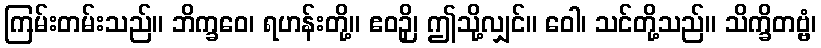
ကြမ်းတမ်းသည်။ ဘိက္ခဝေ၊ ရဟန်းတို့။ ဧဝဉှိ၊ ဤသို့လျှင်။ ဝေါ၊ သင်တို့သည်။ သိက္ခိတဗ္ဗံ၊